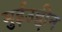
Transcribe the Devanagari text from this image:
मुईउद्दीन